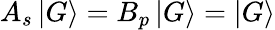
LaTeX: A_{s}\mathinner{|{G}\rangle}=B_{p}\mathinner{|{G}\rangle}=\mathinner{|{G}\rangle}